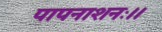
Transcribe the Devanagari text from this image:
पापनाशनः।।